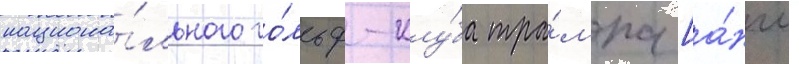
национа́льного го́льф-клу́ба тра́мпа [а́нгл.